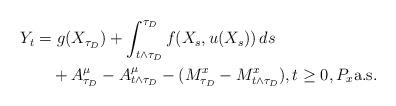
LaTeX: \begin{align*}Y_t&=g(X_{\tau_D})+\int^{\tau_D}_{t\wedge\tau_D}f(X_s,u(X_s))\,ds \\&\quad+A^{\mu}_{\tau_D}-A^{\mu}_{t\wedge\tau_D}-(M^x_{\tau_D}-M^x_{t\wedge\tau_D}), t\ge0,P_x\mbox{a.s.}\end{align*}